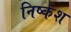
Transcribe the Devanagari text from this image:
निर्ष्कश